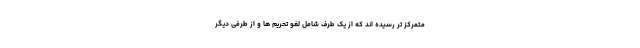
متمرکز تر رسیده اند که از یک طرف شامل لغو تحریم ها و از طرفی دیگر